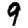
Digit: 9